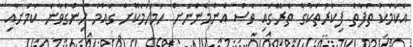
އެކަމަކު ތަފާތު ފިކުރުތަކުގެ ތެރޭގައި ވެސް އެންމެންނަށް ހަމަހަމަކޮށް ގައުމު ހިންގަވާނެ ކަމަށާއި